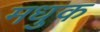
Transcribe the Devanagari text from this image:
मधुक